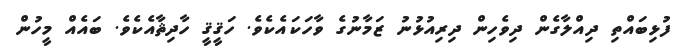
ފުޅިބައްތި ދިއްލާގެން ދިވެހިން ދިރިއުޅުނު ޒަމާނުގެ ވާހަކައެކެވެ. ހަޤީޤީ ހާދިޘާއެކެވެ. ބައެއް މީހުން